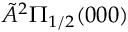
\tilde { A } ^ { 2 } \Pi _ { 1 / 2 } ( 0 0 0 )